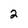
Character: 2